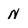
Character: N